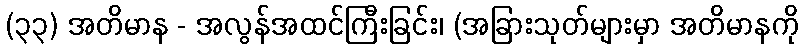
(၃၃) အတိမာန - အလွန်အထင်ကြီးခြင်း၊ (အခြားသုတ်များမှာ အတိမာနကို